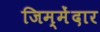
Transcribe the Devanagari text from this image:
जिम्मेंदार